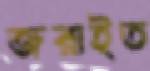
জরাইত